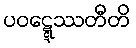
ပဝဋ္ဋေဿတီတိ